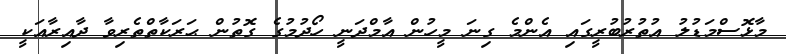
މާޅޮސްމަޑުލު އުތުރުބުރީގައި އެންމެ ގިނަ މީހުން އާމްދަނީ ހޯދުމުގެ ގޮތުން ޙަރަކާތްތެރިވާ ދާއިރާއަކީ